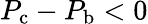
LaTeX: P_{\mathrm{c}}-P_{\mathrm{b}}<0